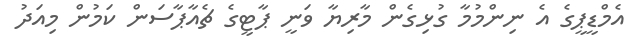
އެމްޑީޕީގެ އެ ނިންމުމާ ގުޅިގެން މާރިޔާ ވަނީ ޕާޓީގެ ޗެއާޕާސަން ކަމުން މިއަދު